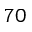
7 0